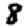
Digit: 8